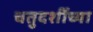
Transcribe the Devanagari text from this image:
चतुदर्शीच्या